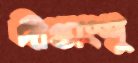
দীপ্তাংশু